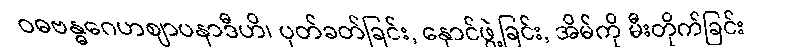
ဝဓဗန္ဓဂေဟဈာပနာဒီဟိ၊ ပုတ်ခတ်ခြင်း, နှောင်ဖွဲ့ခြင်း, အိမ်ကို မီးတိုက်ခြင်း